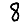
Digit: 8